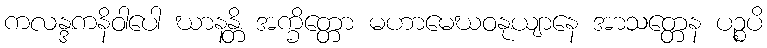
ကလန္ဒကနိဝါပေါ ဃာနန္တိ အက္ခိတ္တော မဟာမေဃဝနုယျာနေ အာသတ္တေန ပဉ္စပိ